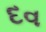
દવ